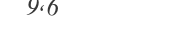
٣١